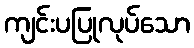
ကျင်းပပြုလုပ်သော